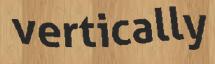
vertically